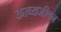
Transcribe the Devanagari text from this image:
काव्यजीवन